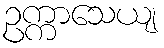
ဥက္ကာသေယျ